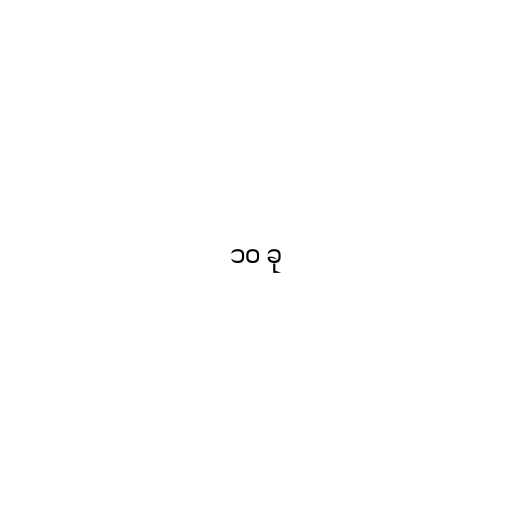
၁၀ ခု